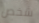
شخص